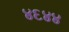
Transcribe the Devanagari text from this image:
४६४४